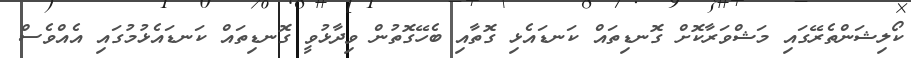
ކޯލިޝަންތެރޭގައި މަޝްވަރާކޮށް ގޮނޑިތައް ކަނޑައެޅި ގޮތާއި ބެހޭގޮތުން ވިދާޅުވީ ގޮނޑިތައް ކަނޑައެޅުމުގައި އެއްވެސް